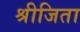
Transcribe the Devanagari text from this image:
श्रीजिता